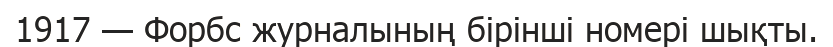
1917 — Форбс журналының бірінші номері шықты.